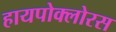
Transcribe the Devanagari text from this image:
हायपोक्लोरस